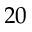
2 0